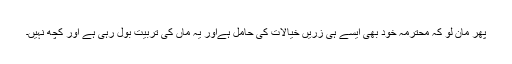
پھر مان لو کہ محترمہ خود بھی ایسے ہی زریں خیالات کی حامل ہےاور یہ ماں کی تربیت بول رہی ہے اور کچھ نہیں۔